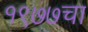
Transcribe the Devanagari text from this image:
१९७७चा